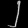
Digit: ၂